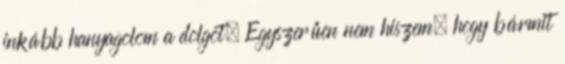
inkább hanyagolom a dolgot. Egyszerűen nem hiszem, hogy bármit